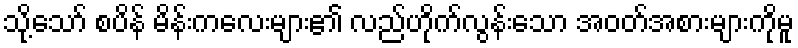
သို့သော် စပိန် မိန်းကလေးများ၏ လည်ဟိုက်လွန်းသော အဝတ်အစားများကိုမူ